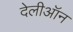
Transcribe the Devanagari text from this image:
देलीऑन